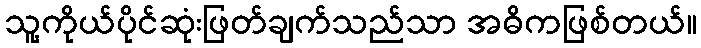
သူ့ကိုယ်ပိုင်ဆုံးဖြတ်ချက်သည်သာ အဓိကဖြစ်တယ်။